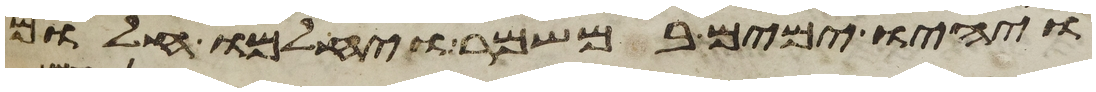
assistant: ויהיו ימים במשמר ויחלמו חלום